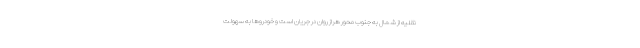
نقلیه از شمال به جنوب محور هراز روان در جریان است و خودروها به سهولت